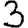
Digit: 3